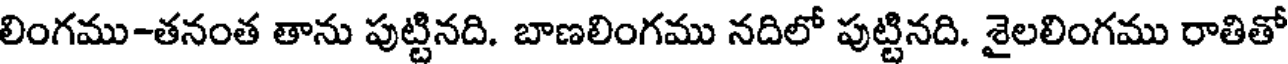
లింగము-తనంత తాను పుట్టినది. బాణలింగము నదిలో పుట్టినది. శైలలింగము రాతితో